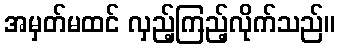
အမှတ်မထင် လှည့်ကြည့်လိုက်သည်။